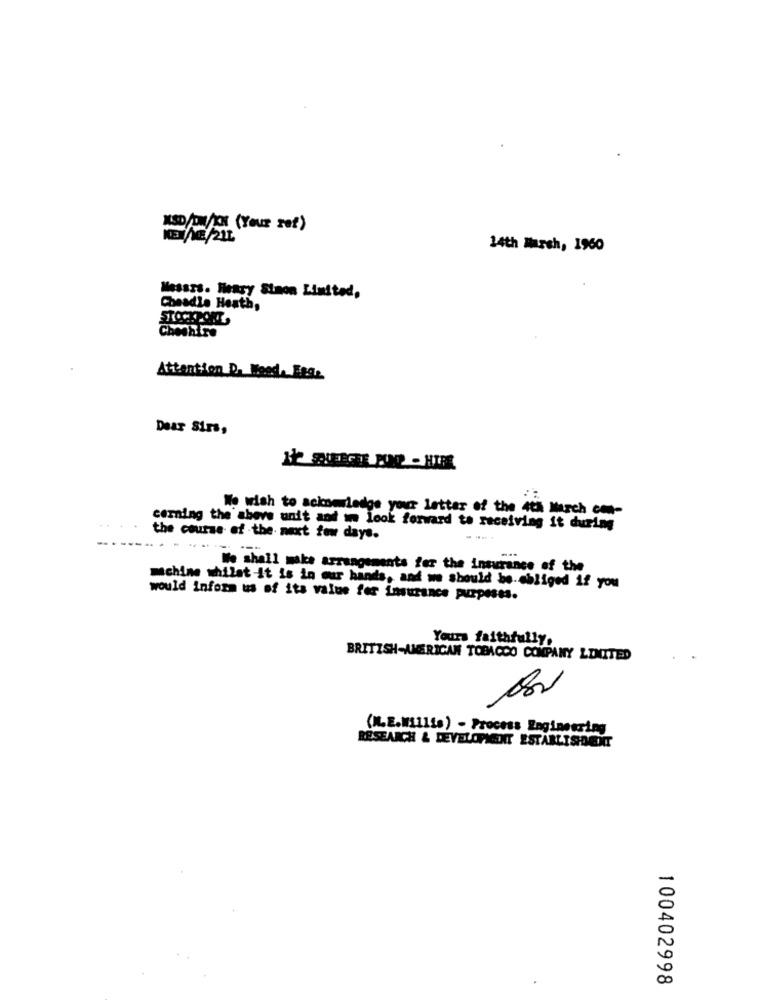
MED/DI/CN (YOUR set)
KEINE/21L
14th Marsh, 1960
Messrs. Henry Sinon Limited,
Cheadle Heath,
STOCKPORT
Cheshire
Attention D. Weed. Etg:
Dear Sirs,
We wish to acknowledge your letter of the 4th March ch-
carning the above unit and um look forward to receiving it during
the course of the next few days.
- --
We shall make arrangements for the insurance of the
machine thilat-it is in our hands, and we should be obliged if you
would Inform us of its value for insurance purposes.
Yours faithfully.
BRITISH-AMERICAN TOBACCO COMPANY LIMITED
(I.E.Millis) - Process Engineering
RESEARCH & DEVELOPMENT ESTABLISHMENT
100402998